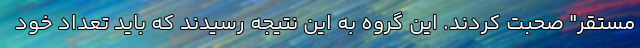
مستقر" صحبت کردند. این گروه به این نتیجه رسیدند که باید تعداد خود